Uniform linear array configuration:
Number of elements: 48
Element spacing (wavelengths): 1
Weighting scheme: cosine
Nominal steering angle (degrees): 0
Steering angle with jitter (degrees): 0.4357
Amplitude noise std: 0.05
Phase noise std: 0.05

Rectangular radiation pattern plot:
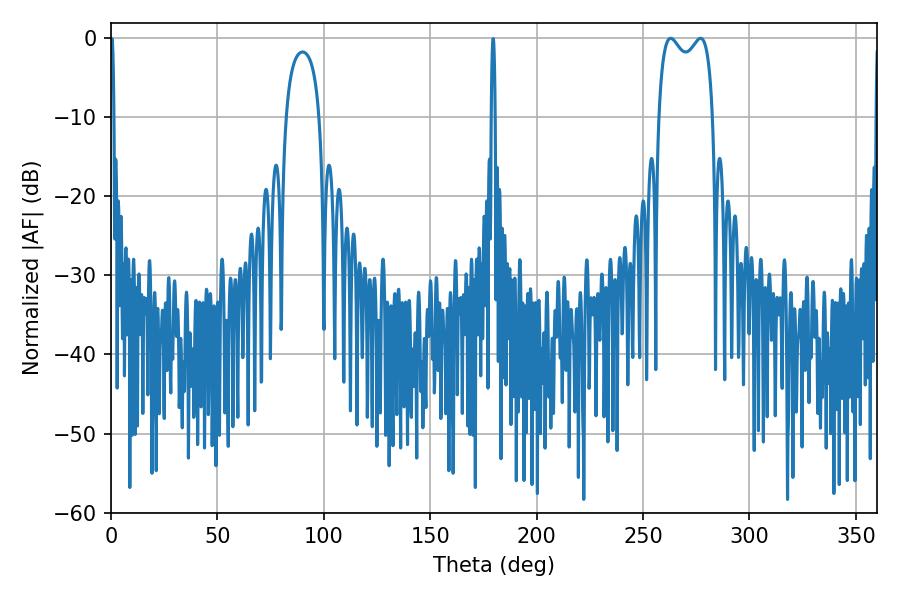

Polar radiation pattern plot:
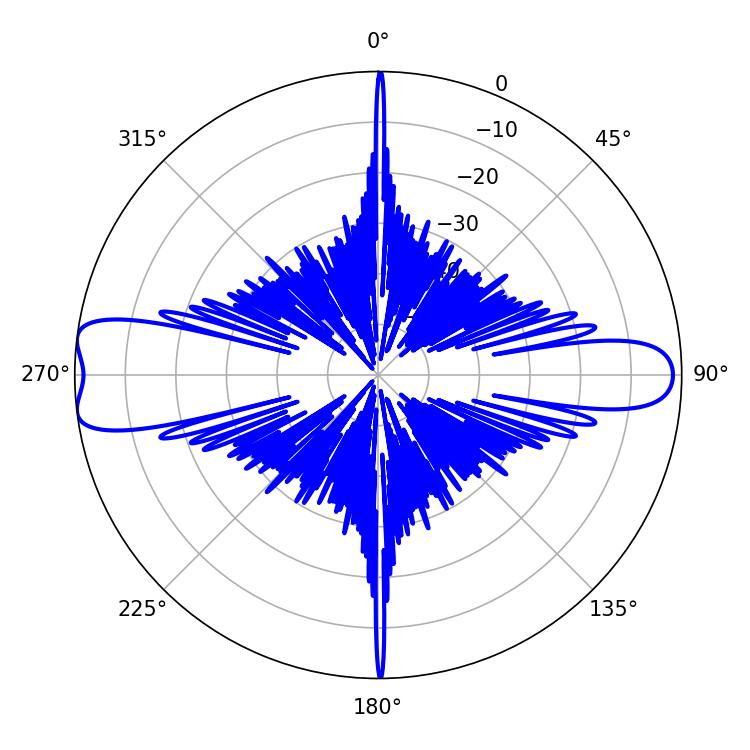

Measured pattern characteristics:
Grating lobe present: TRUE
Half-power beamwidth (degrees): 21.24
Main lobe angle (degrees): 262.98